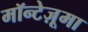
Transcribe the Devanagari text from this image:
मॉन्टेज़ूमा